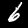
Label: 6